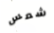
شمس